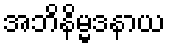
အဘိနိမ္မဒနာယ